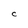
Character: C